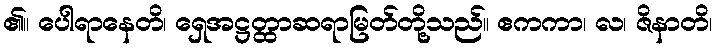
၏။ ပေါရာနေတိ၊ ရှေအဋ္ဌတ္ထာဆရာမြတ်တို့သည်။ ဧကကာ၊ လ၊ ဇိနာတိ၊